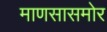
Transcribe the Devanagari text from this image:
माणसासमोर